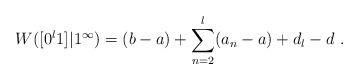
LaTeX: \begin{align*}W([0^l1]| 1^\infty) = (b-a) + \sum_{n=2}^l (a_n - a) + d_l - d \ .\end{align*}